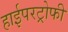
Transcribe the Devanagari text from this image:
हाईपरट्रोफी